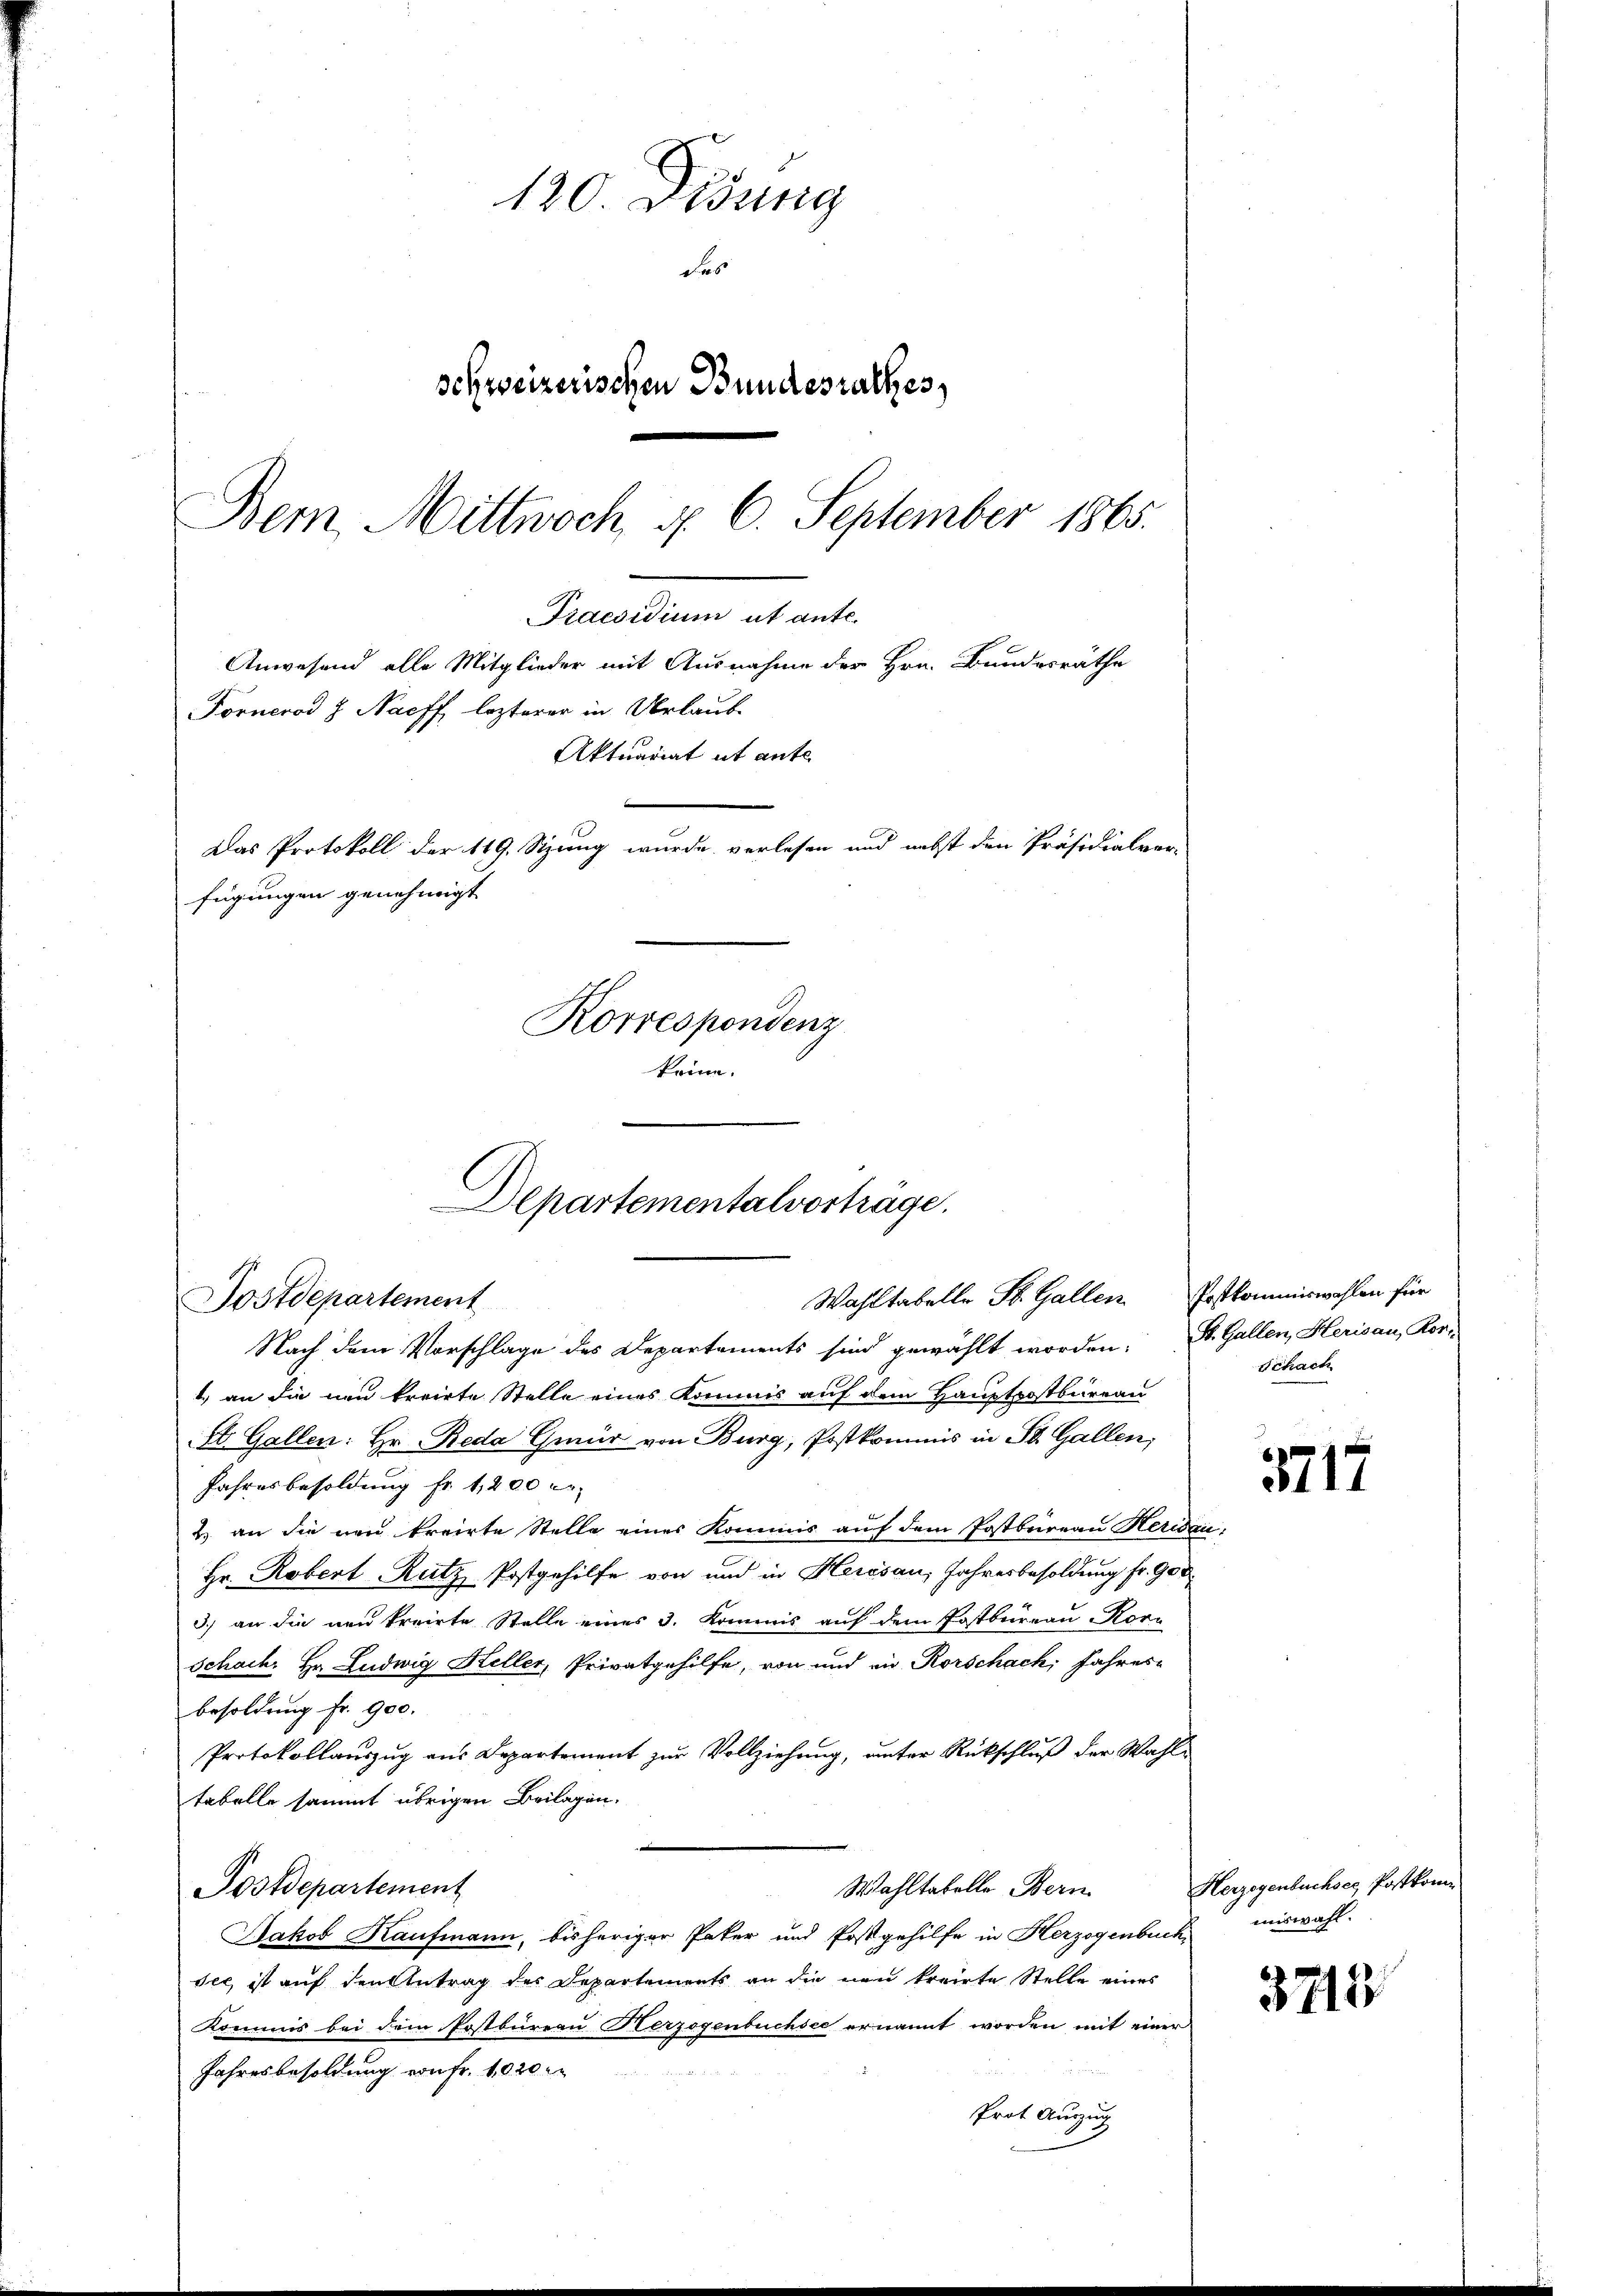
120 Didung
das
schweizerischen Bundesrathes,
Bern, Mittwoch §. 6. September 1865.
Praesidium ut ante.
Anwesend alle Mitglieder mit Ausnahme der Hrn. Bundesräthe
Fornerod J. Nachf, lezterer in Urlaub-
Aktuariat it ante
Das Protokoll der 119. Sitzung wurde verlesen und nebst den Präsidialver-
fügungen genehmigt
Korrespondenz
keine.

Departementalvorträge.
s
Wahltabelle St. Gallen Postkommiswahlen für
Sostdepartement

Nach dem Vorschlage des Departements sind gewählt worden. S. Gallen, Herisau, Kor-
1.) an die neu kreirte Stelle eines Kommis auf dem Hauptpostbureau
St. Gallen: Hr. Reda Gmür von Burg, Postkommis in St. Gallen,
Jahresbesoldung fr. 1,200 er
2.) an die neu kreirte Stelle eines Kommis auf dem Postbureau Heridau
Hr. Robert Rutz Postgehilfe von und in Herisau, Jahresbesoldung fr. 900
3) an die neu kreirte Stelle eines 3. Kommis auf dem Postbureau Korr
Schach Hr. Ludwig Heller, Privatgehilfe, von und in Rorschach, Jahresbesoldung Fr. 900.
Protokollauszug aus Departement zur Vollziehung, unter Rückschluß der Wahltabelle sammt übrigen Beilagen.
Wahltatelle Bern
Postdepartement
Jakob Kaufmann, bisheriger Pater und Postgehilfe in Herzogenbuch,
see, ist auf den Antrag des Departements an die neu kreirte Stelle eines
Kommis bei dem Postbüreau Herzogenbuchsee ernannt worden mit einer
Jahresbesoldung von Fr. 1020 i
Prot. Auszug

Schach

3717.

Hergegenbuchses Postkom
miswahl.

3713